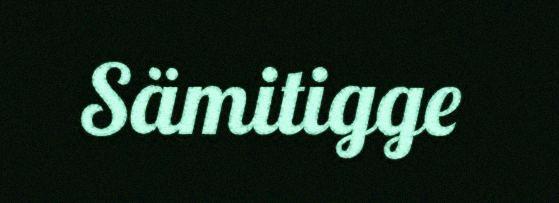
Sämitigge